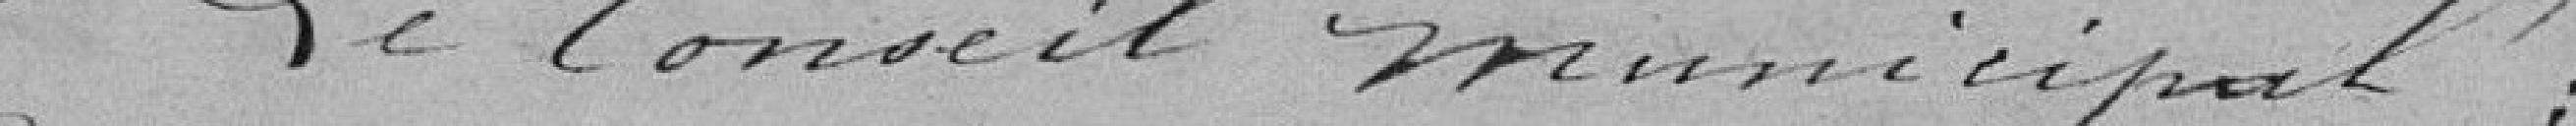
Le Conseil municipal.